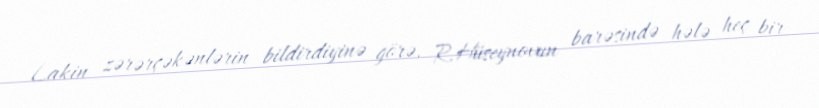
Lakin zərərçəkənlərin bildirdiyinə görə, R.Hüseynovun barəsində hələ heç bir